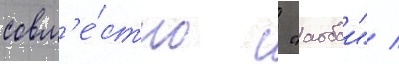
совм'е́стно с "аобои" /